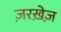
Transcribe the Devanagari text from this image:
ज़रख़ेज़